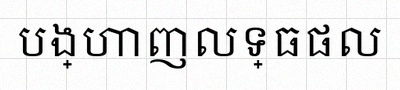
បង្ហាញលទ្ធផល